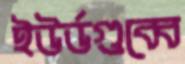
ইউর্ডগুব্বে